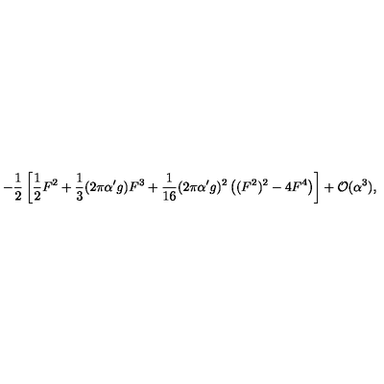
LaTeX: - \frac { 1 } { 2 } \left[ \frac { 1 } { 2 } F ^ { 2 } + \frac { 1 } { 3 } ( 2 \pi \alpha ^ { \prime } g ) F ^ { 3 } + \frac { 1 } { 1 6 } ( 2 \pi \alpha ^ { \prime } g ) ^ { 2 } \left( ( F ^ { 2 } ) ^ { 2 } - 4 F ^ { 4 } \right) \right] + { \cal O } ( \alpha ^ { 3 } ) ,